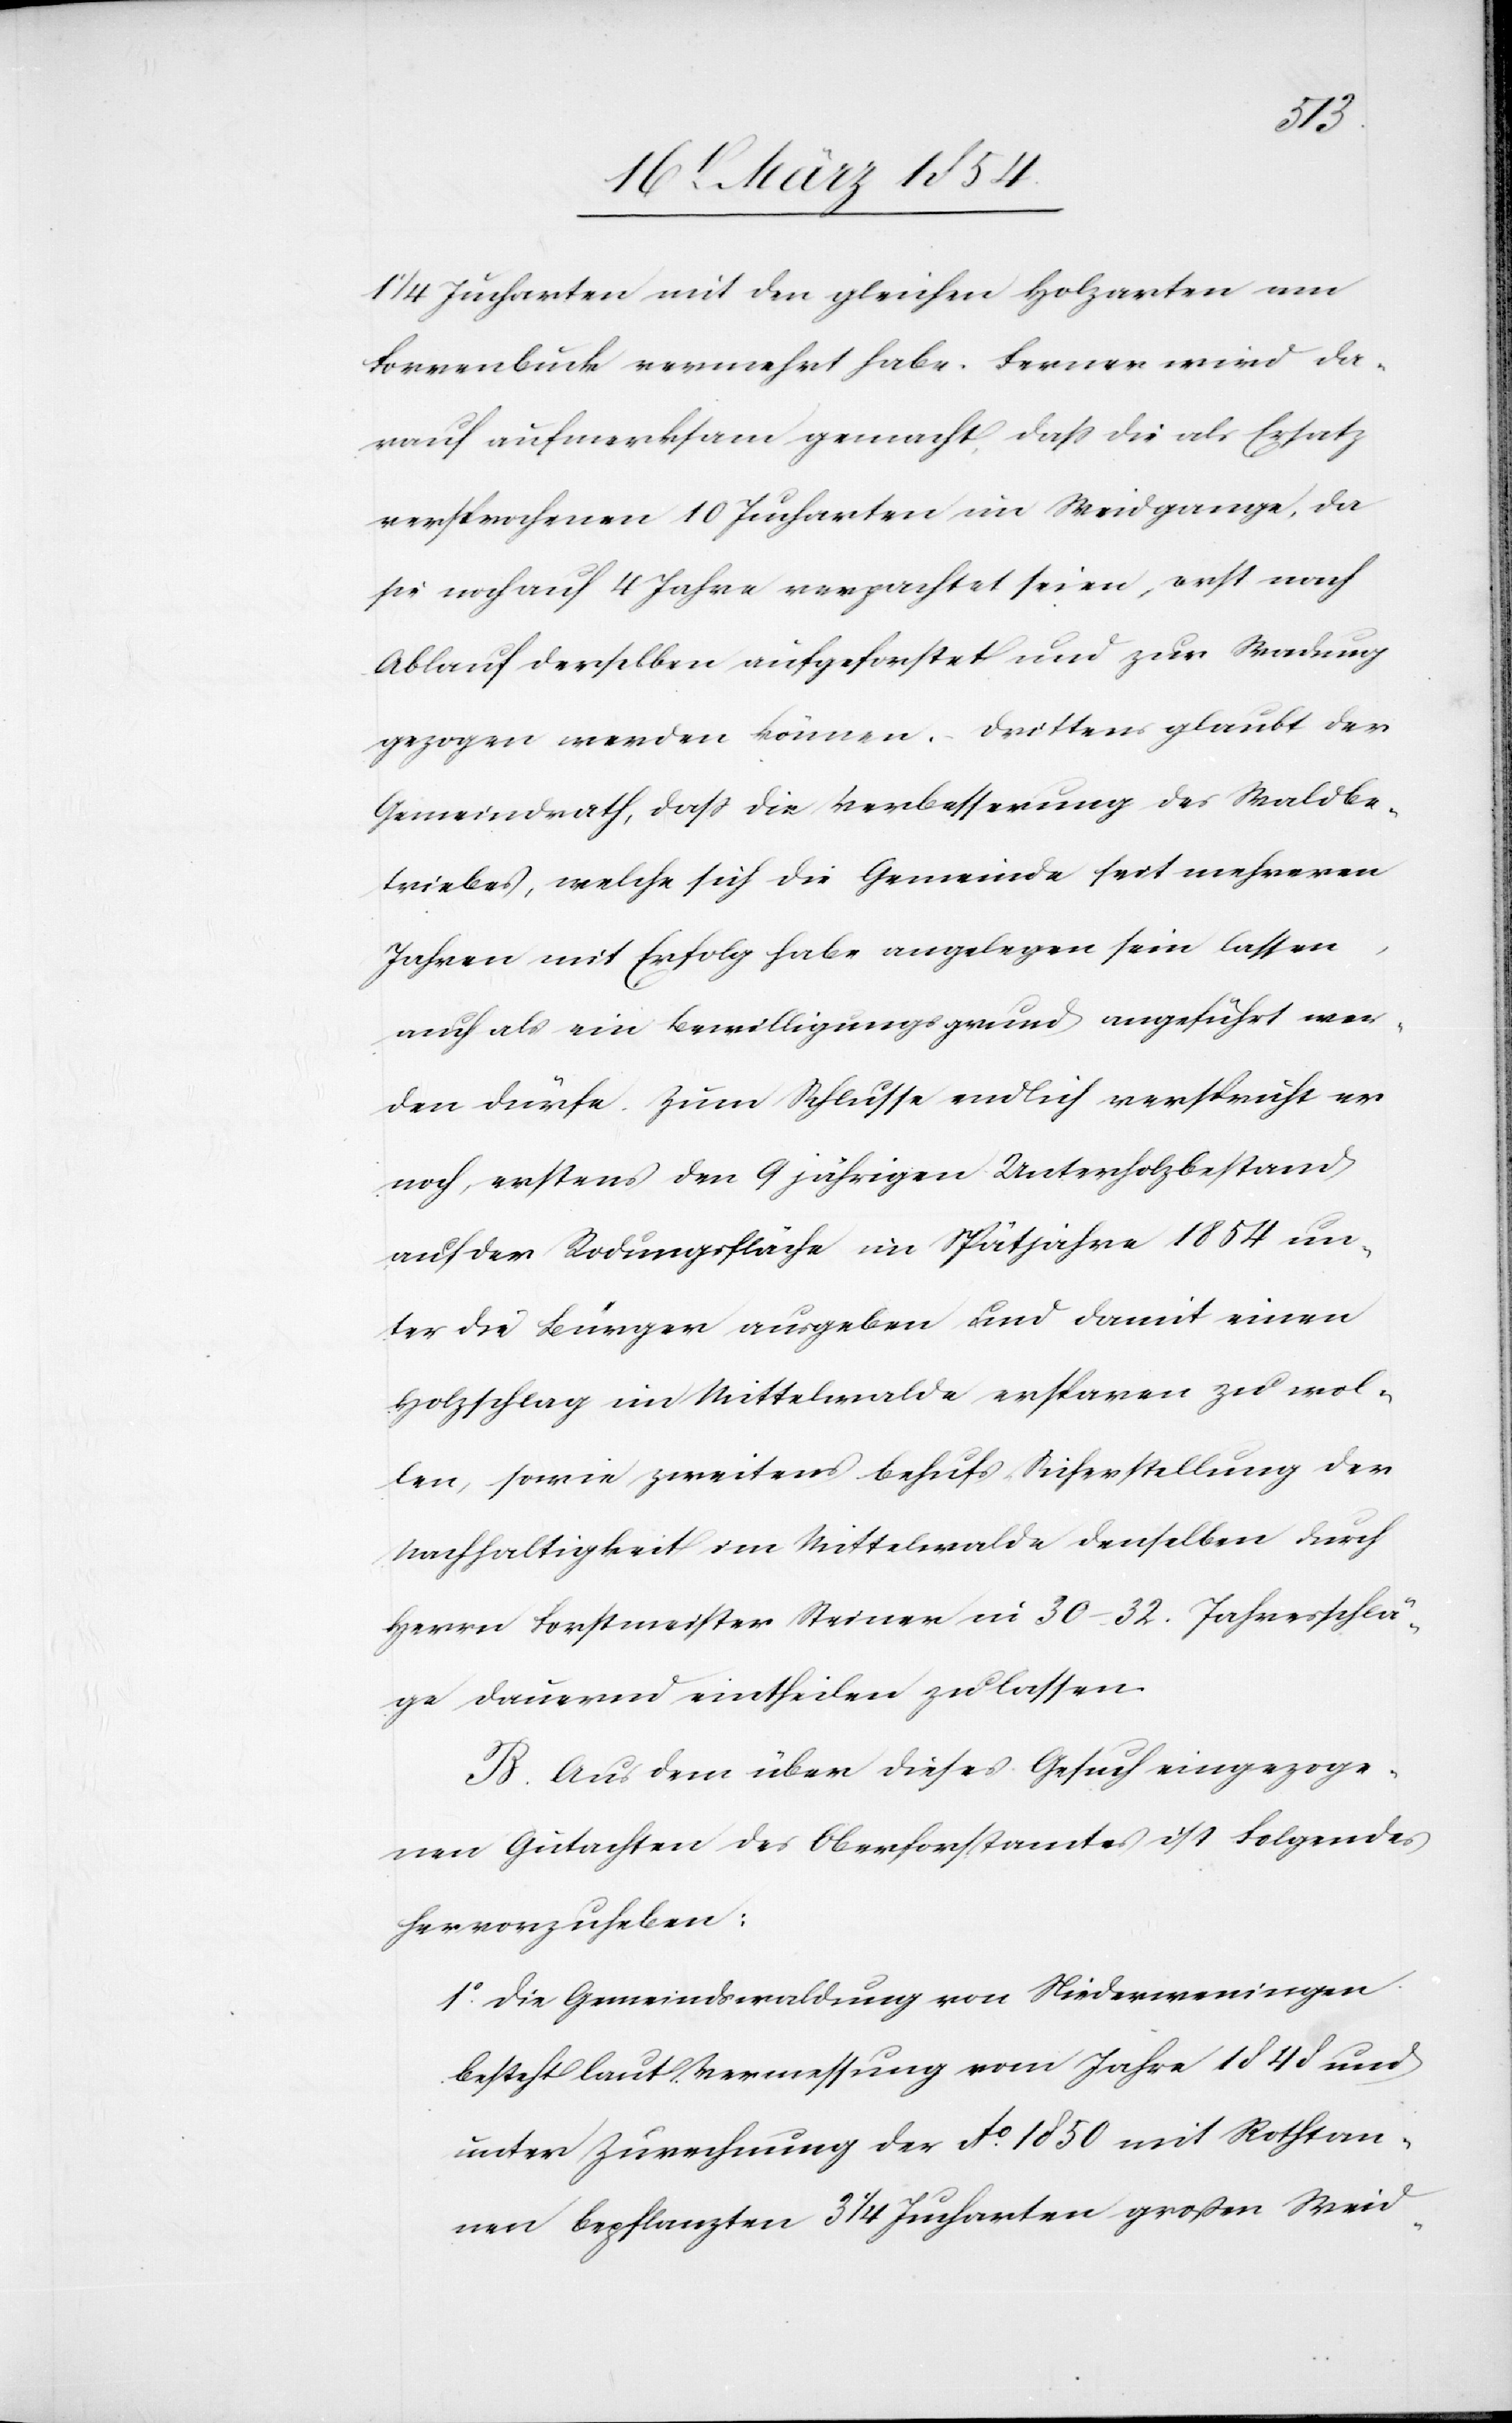
1
1/4 Jucharten mit den gleichen Holzarten am
Forrenbuck vermehrt habe. Ferner wird da¬
rauf aufmerksam gemacht, daß die als Ersatz
versprochenen 10 Jucharten im Weidgange, da
sie noch auf 4 Jahre verpachtet seien, erst nach
Ablauf derselben aufgeforstet und zur Waldung
gezogen werden können. Drittens glaubt der
Gemeindrath, daß die Verbesserung des Waldbe¬
triebes, welche sich die Gemeinde seit mehreren
Jahren mit Erfolg habe angelegen sein lassen,
auch als ein Bewilligungsgrund angeführt wer¬
den dürfe. Zum Schlusse endlich verspricht er
noch, erstens den 9 jährigen Unterholzbestand
auf der Rodungsfläche im Spätjahre 1854 un¬
ter die Bürger ausgeben und damit einen
Holzschlag im Mittelwalde ersparen zu wol¬
len, sowie zweitens behufs Sicherstellung der
Nachhaltigkeit im Mittelwalde denselben durch
Herrn Forstmeister Steiner in 30–32. Jahresschlä¬
ge dauernd eintheilen zu lassen.
B. Aus dem über dieses Gesuch eingezoge¬
nen Gutachten des Oberforstamtes ist Folgendes
hervorzuheben:
1o Die Gemeindswaldung von Niederweningen
besteht laut Vermessung vom Jahre 1848 und
unter Zurechnung der Ao 1850 mit Rothtan¬
nen bepflanzten 3 1/4 Jucharten großen Weid-